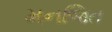
મનજિત